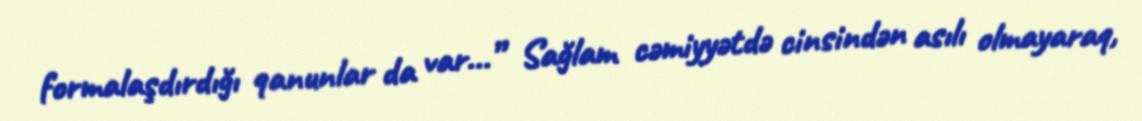
formalaşdırdığı qanunlar da var...” Sağlam cəmiyyətdə cinsindən asılı olmayaraq,